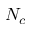
N _ { c }